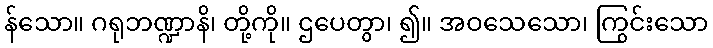
န်သော။ ဂရုဘဏ္ဍာနိ၊ တို့ကို။ ဌပေတွာ၊ ၍။ အဝသေသော၊ ကြွင်းသော